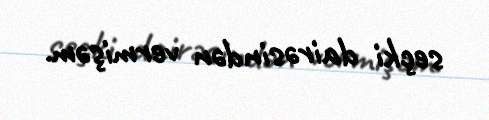
seçki dairəsindən vermişəm.